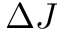
\Delta J